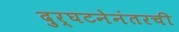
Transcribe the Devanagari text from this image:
दुर्घटनेनंतरची